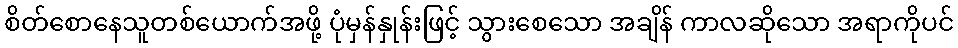
စိတ်စောနေသူတစ်ယောက်အဖို့ ပုံမှန်နှုန်းဖြင့် သွားစေသော အချိန် ကာလဆိုသော အရာကိုပင်